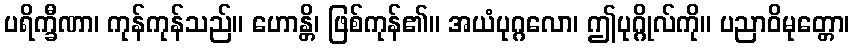
ပရိက္ခီဏာ၊ ကုန်ကုန်သည်။ ဟောန္တိ၊ ဖြစ်ကုန်၏။ အယံပုဂ္ဂလော၊ ဤပုဂ္ဂိုလ်ကို။ ပညာဝိမုတ္တော၊